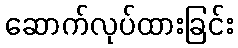
ဆောက်လုပ်ထားခြင်း